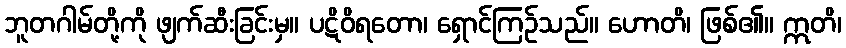
ဘူတဂါမ်တို့ကို ဖျက်ဆီးခြင်းမှ။ ပဋိဝိရတော၊ ရှောင်ကြဉ်သည်။ ဟောတိ၊ ဖြစ်၏။ ဣတိ၊